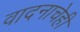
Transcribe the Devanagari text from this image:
वादनाचेही